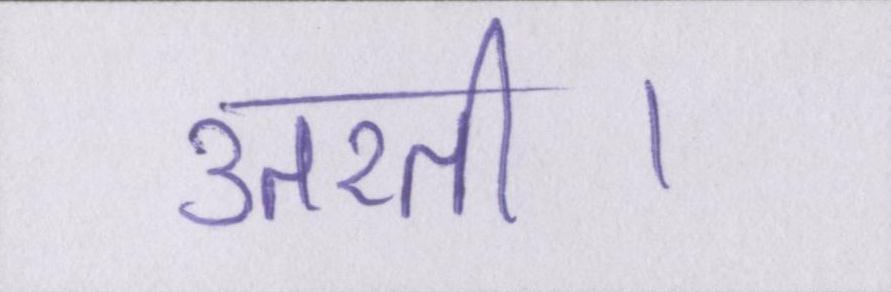
उतरती।